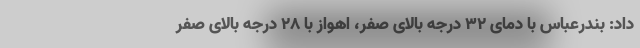
داد: بندرعباس با دمای ۳۲ درجه بالای صفر، اهواز با ۲۸ درجه بالای صفر